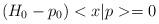
LaTeX: \begin{align*}\left( H_0-p_0\right) <x|p>=0\end{align*}